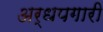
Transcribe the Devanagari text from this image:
अर्धपगारी